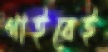
গাইবেই